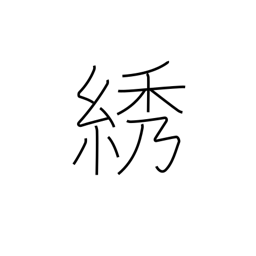
Meaning: embroidery